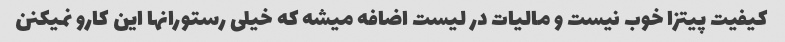
کیفیت پیتزا خوب نیست و مالیات در لیست اضافه میشه که خیلی رستورانها این کارو نمیکنن